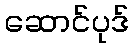
ဆောင်ပုဒ်